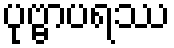
ပုဗ္ဗာပရဿ